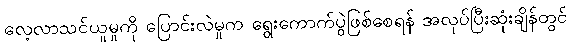
လေ့လာသင်ယူမှုကို ပြောင်းလဲမှုက ရွေးကောက်ပွဲဖြစ်စေရန် အလုပ်ပြီးဆုံးချိန်တွင်